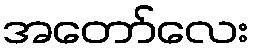
အတော်လေး